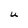
Character: U